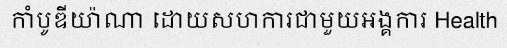
កាំបូឌីយ៉ាណា ដោយសហការជាមួយអង្គការ Health